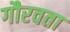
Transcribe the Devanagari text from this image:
गौरवता